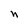
Character: n